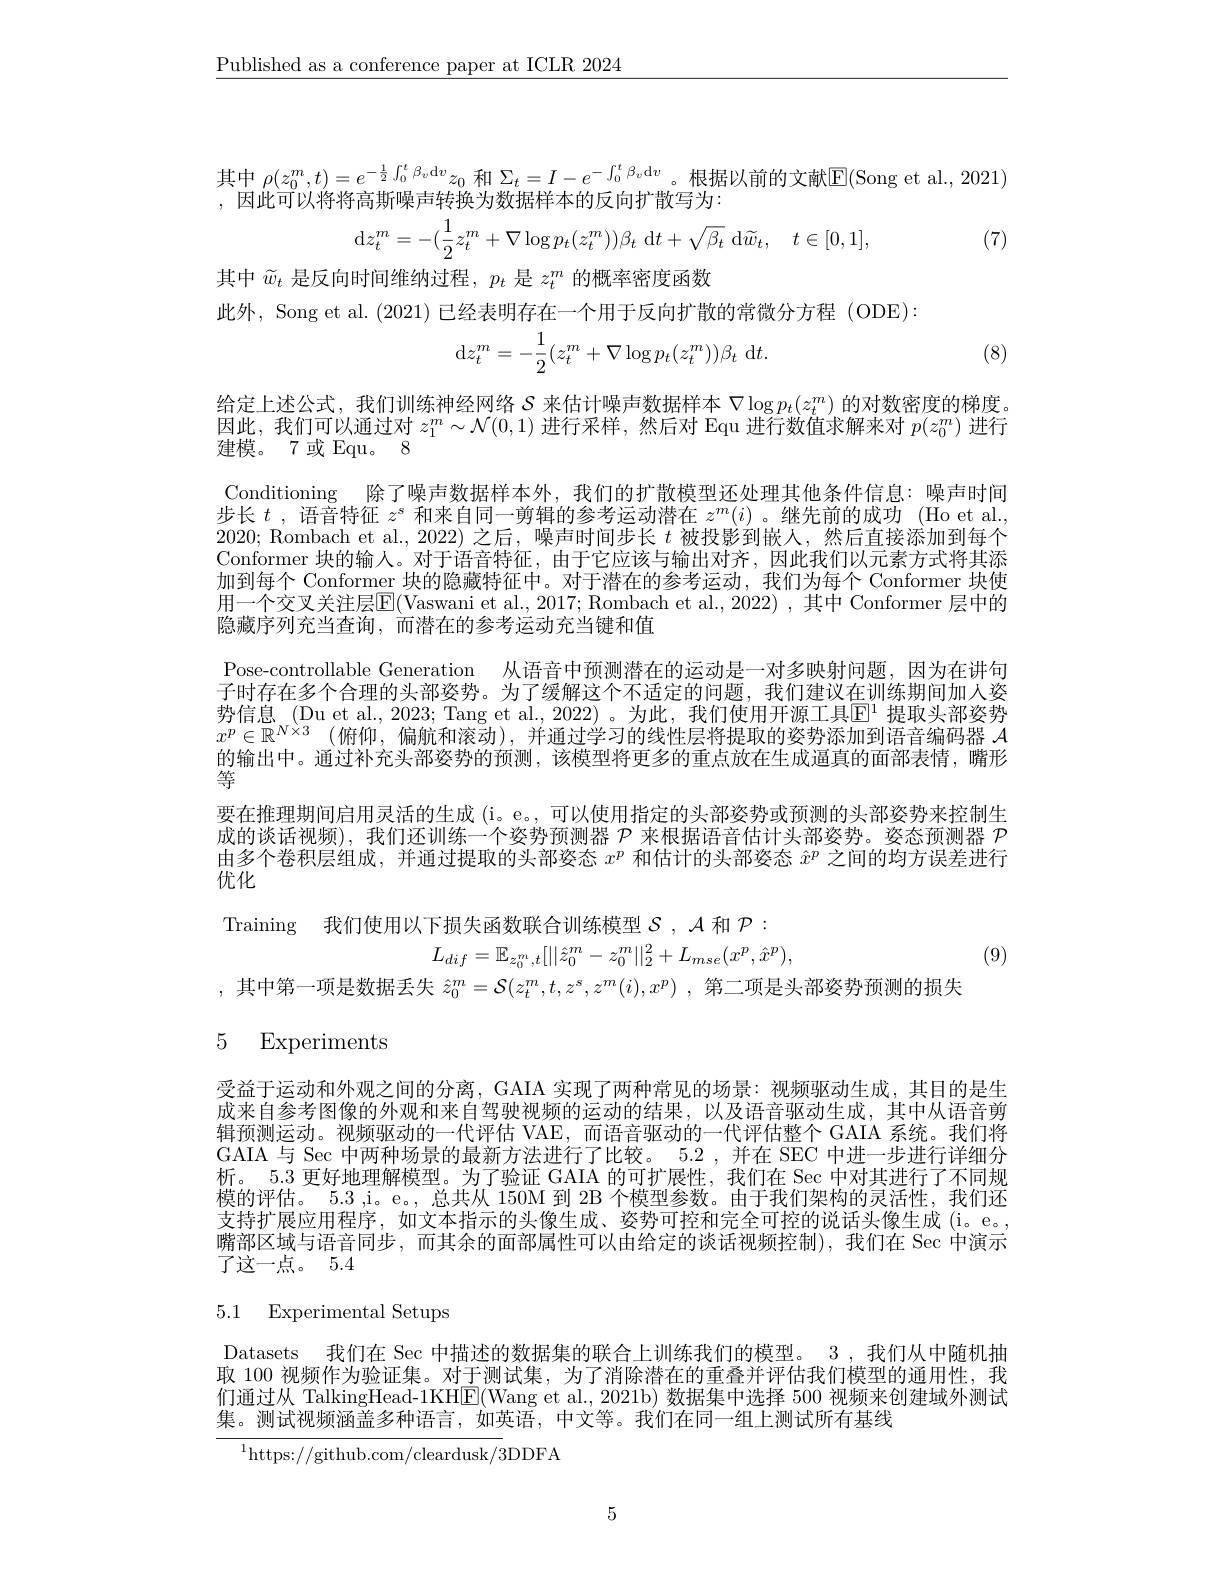
$\underline{\text{Published as a conference paper at ICLR 2024}}$

其中$\rho(z_0^m,t)=e^{-\frac12\int_0^t\beta_v\mathrm{d}v}z_0$和$\Sigma_t=I-e^{-\int_0^t\beta_v\mathrm{d}v}$。根据以前的文献$\mathbb{E}($Song et al., 2021)
,因此可以将将高斯噪声转换为数据样本的反向扩散写为：
$$\mathrm{d}z_{t}^{m}=-(\frac{1}{2}z_{t}^{m}+\nabla\log p_{t}(z_{t}^{m}))\beta_{t}\:\mathrm{d}t+\sqrt{\beta_{t}}\:\mathrm{d}\widetilde{w}_{t},\quad t\in[0,1],$$
, (7)

其中$\tilde{w}_t$是反向时间维纳过程，$p_t$是$z_t^m$的概率密度函数
此外，Song et al. (2021)已经表明存在一个用于反向扩散的常微分方程 (ODE):
$$\mathrm{d}z_{t}^{m}=-\frac{1}{2}(z_{t}^{m}+\nabla\log p_{t}(z_{t}^{m}))\beta_{t}\:\mathrm{d}t.$$
(8)

给定上述公式，我们训练神经网络$S$来估计噪声数据样本$\nabla\log p_t(z_t^m)$的对数密度的梯度。因此，我们可以通过对$z_1^m\sim\mathcal{N}(0,1)$进行采样，然后对 Equ 进行数值求解来对$p(z_0^m)$进行建模。7或Equ。8
Conditioning 除了噪声数据样本外，我们的扩散模型还处理其他条件信息：噪声时间步长$t$ , 语音特征$z^s$和来自同一剪辑的参考运动潜在$z^m(i)$ 。继先前的成功 (Ho et al. 2020; Rombach et al.,2022)之后，噪声时间步长$t$被投影到嵌人，然后直接添加到每个Conformer 块的输人。对于语音特征，由于它应该与输出对齐，因此我们以元素方式将其添加到每个 Conformer 块的隐藏特征中。对于潜在的参考运动，我们为每个 Conformer 块使用一个交叉关注层$\boxed{\mathrm{E}}($Vaswani et al., 2017; Rombach et al., 2022) , 其中 Conformer 层中的隐藏序列充当查询，而潜在的参考运动充当键和值
Pose-controllable Generation 从语音中预测潜在的运动是一对多映射问题，因为在讲句子时存在多个合理的头部姿势。为了缓解这个不适定的问题，我们建议在训练期间加人姿势信息 (Du et al., 2023; Tang et al., 2022)。为此，我们使用开源工具$\overline{\mathbb{E}}^1$ 提取头部姿势$x^p\in \mathbb{R} ^{N\times 3}$ (俯仰，偏航和滚动),并通过学习的线性层将提取的姿势添加到语音编码器$\mathcal{A}$ 的输出中。通过补充头部姿势的预测，该模型将更多的重点放在生成逼真的面部表情，嘴形等
要在推理期间启用灵活的生成 (i。e。, 可以使用指定的头部姿势或预测的头部姿势来控制生成的谈话视频),我们还训练一个姿势预测器$\mathcal{P}$来根据语音估计头部姿势。姿态预测器 $\mathcal{P}$ 由多个卷积层组成，并通过提取的头部姿态$x^p$和估计的头部姿态$\hat{x}^p$之间的均方误差进行$\vec{\text{优化}}$

Training 我们使用以下损失函数联合训练模型$\mathcal{S},\mathcal{A}$ 和$\mathcal{P}:$
$$L_{dif}=\mathbb{E}_{z_{0}^{m},t}[||\hat{z}_{0}^{m}-z_{0}^{m}||_{2}^{2}+L_{mse}(x^{p},\hat{x}^{p}),$$
(9)

,其中第一项是数据丢失$\hat{z} _0^m= \mathcal{S} ( z_t^m, t, z^s, z^m( i) , x^p)$ ,第二项是头部姿势预测的损失

# 5 Experiments

受益于运动和外观之间的分离，GAIA 实现了两种常见的场景：视频驱动生成，其目的是生成来自参考图像的外观和来自驾驶视频的运动的结果，以及语音驱动生成，其中从语音剪辑预测运动。视频驱动的一代评估 VAE,而语音驱动的一代评估整个 GAIA 系统。我们将GAIA 与 Sec 中两种场景的最新方法进行了比较。5.2 , 并在 SEC 中进一步进行详细分析。5.3 更好地理解模型。为了验证 GAIA 的可扩展性，我们在 Sec 中对其进行了不同规模的评估。5.3 ,i。e。, 总共从 150M 到 2B 个模型参数。由于我们架构的灵活性，我们还支持扩展应用程序，如文本指示的头像生成、姿势可控和完全可控的说话头像生成(i。e。嘴部区域与语音同步，而其余的面部属性可以由给定的谈话视频控制),我们在 Sec 中演示了这一点。5.4

# 5.1 Experimental Setups

Datasets 我们在 Sec 中描述的数据集的联合上训练我们的模型。3 ,我们从中随机抽取 100 视频作为验证集。对于测试集，为了消除潜在的重叠并评估我们模型的通用性，我们通过从 TalkingHead-1KH$\boxed{\mathrm{E}}($Wang et al., 2021b) 数据集中选择 500 视频来创建域外测试集。测试视频涵盖多种语言，如英语，中文等。我们在同一组上测试所有基线
$^{1}$https://github.com/cleardusk/3DDFA

5